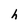
Character: h